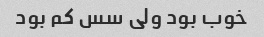
خوب بود ولی سس کم بود